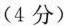
(4分)